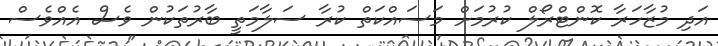
އަދި މުޒާހަރާ ކޮންޓްރޯލް ކުރުމަށް މަސައްކަތް ކުރާ ސަލާމަތީ ބާރުތަކުން ވެސް އެއްވެސް